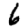
Digit: 6